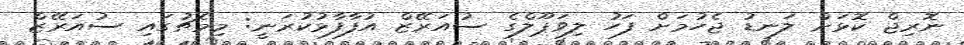
ނޮރިޖް ކޮޅަށް ލަނޑު ޖެހުމަށް ފަހު ލިވަޕޫލްގެ ސުއަރޭޒް އުފާފާޅުކުރަނީ: މިމެޗުގައި ސުއަރޭޒް